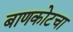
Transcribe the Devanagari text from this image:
बाणकोटचा